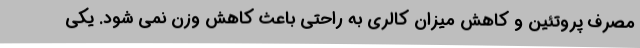
مصرف پروتئین و کاهش میزان کالری به راحتی باعث کاهش وزن نمی شود. یکی